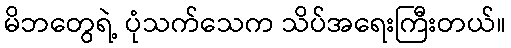
မိဘတွေရဲ့ ပုံသက်သေက သိပ်အရေးကြီးတယ်။